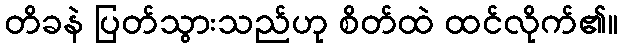
တိခနဲ ပြတ်သွားသည်ဟု စိတ်ထဲ ထင်လိုက်၏။